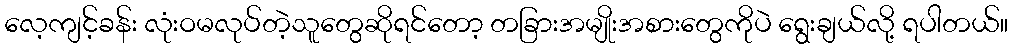
လေ့ကျင့်ခန်း လုံးဝမလုပ်တဲ့သူတွေဆိုရင်တော့ တခြားအမျိုးအစားတွေကိုပဲ ရွေးချယ်လို့ ရပါတယ်။